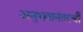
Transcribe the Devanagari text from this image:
अनुभवानंतरची